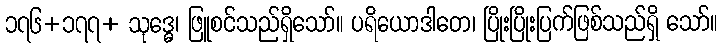
၁၇၆+၁၇၇+ သုဒ္ဓေ၊ ဖြူစင်သည်ရှိသော်။ ပရိယောဒါတေ၊ ပြိုးပြိုးပြက်ဖြစ်သည်ရှိ သော်။